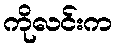
ကိုလင်းက